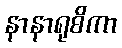
နာနာရုစိကာ